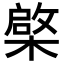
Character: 𣘼